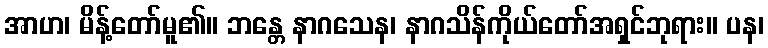
အာဟ၊ မိန့်တော်မူ၏။ ဘန္တေ နာဂသေန၊ နာဂသိန်ကိုယ်တော်အရှင်ဘုရား။ ပန၊